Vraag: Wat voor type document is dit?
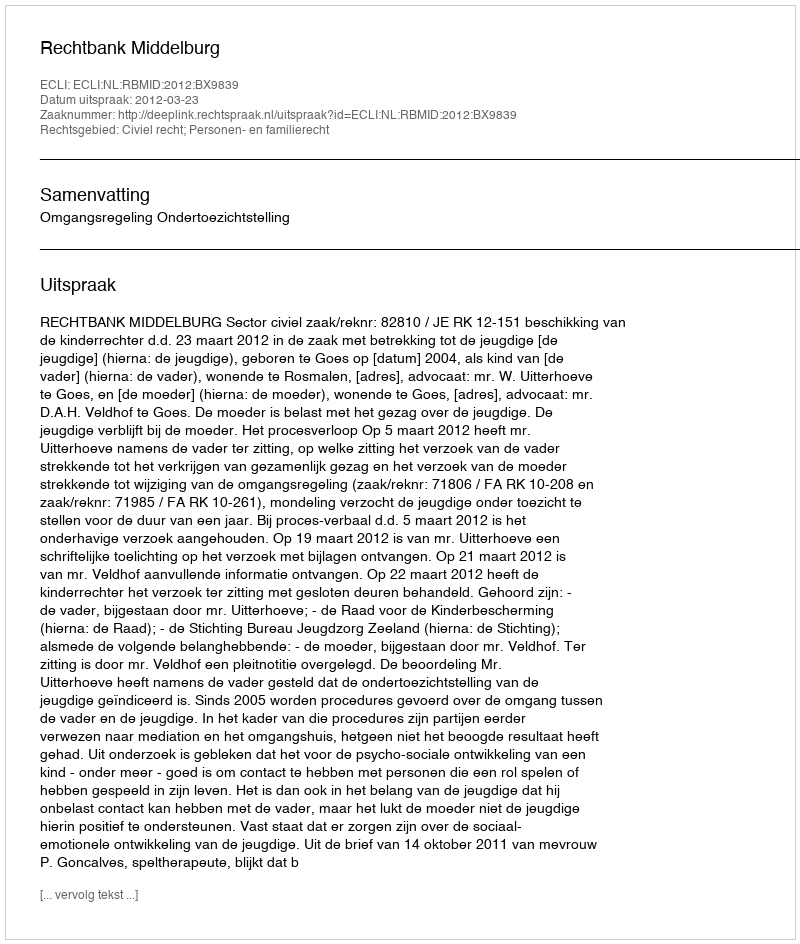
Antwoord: Uitspraak